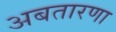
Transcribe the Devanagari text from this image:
अबतारणा